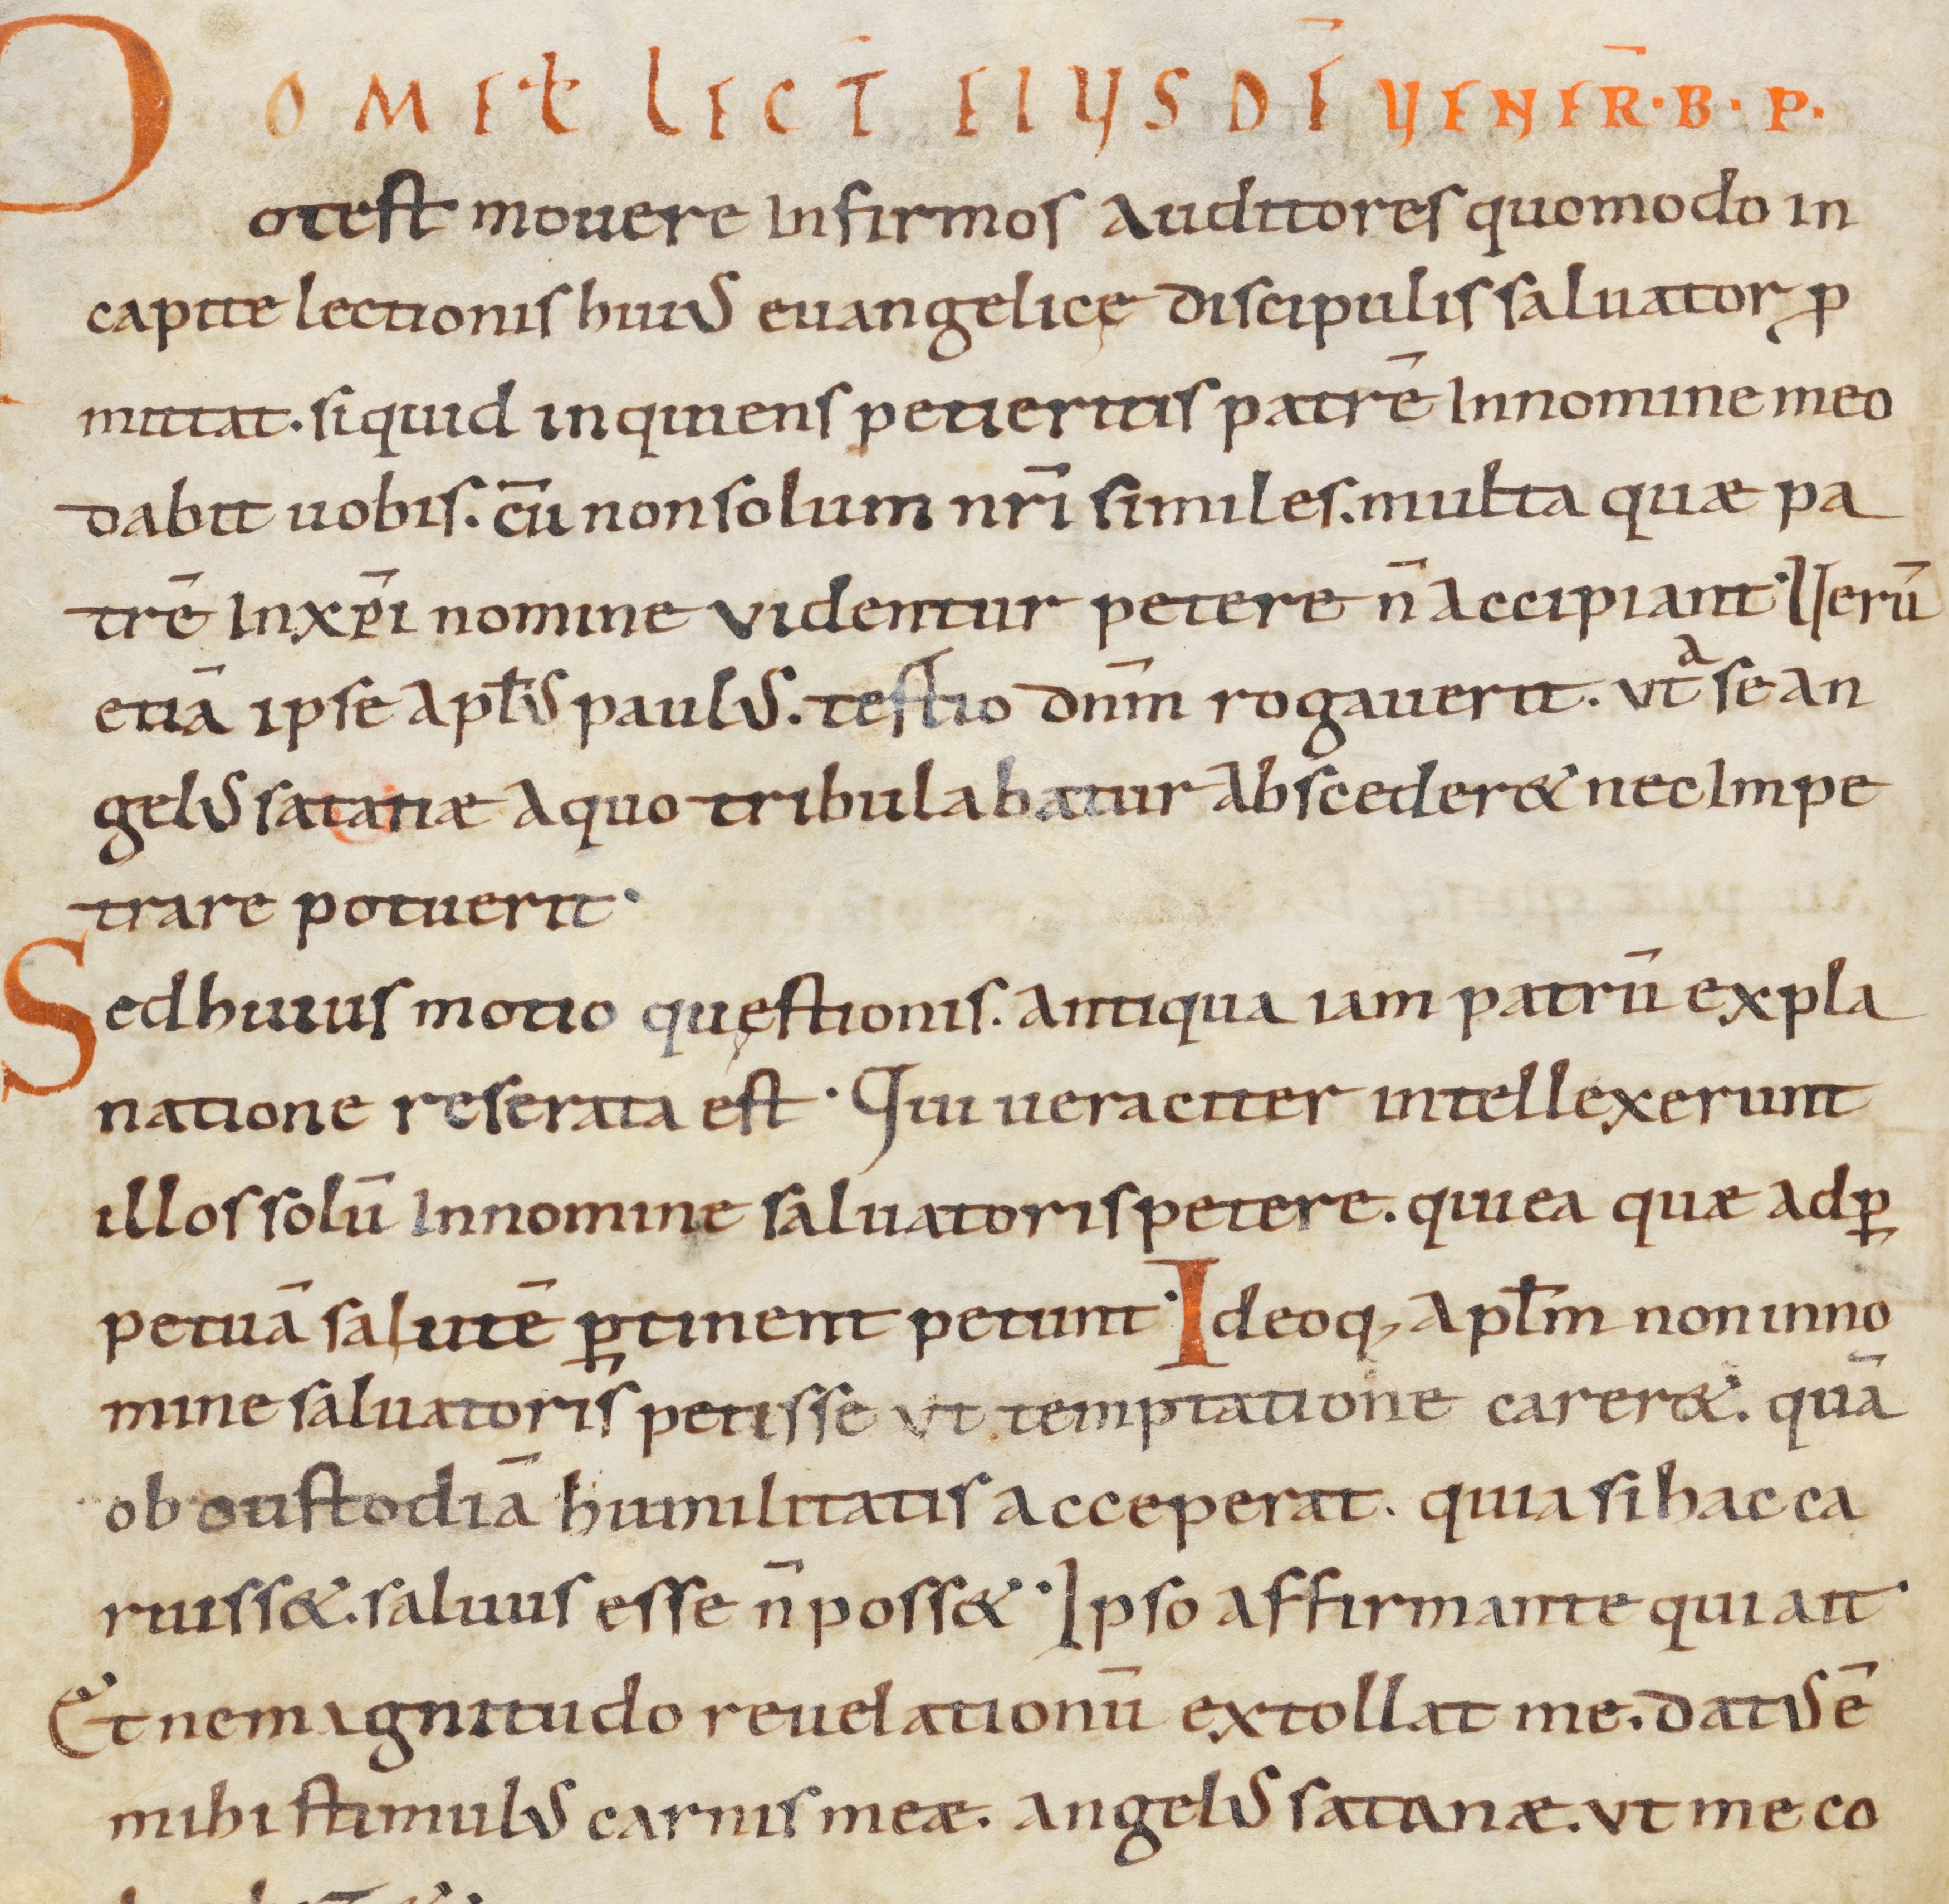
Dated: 900–999